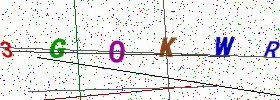
Text: 3GOKWR